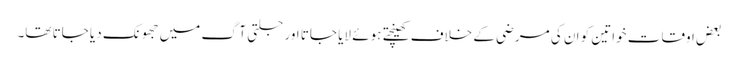
بعض اوقات خواتین کو ان کی مرضی کے خلاف کھینچتے ہوئے لایا جاتا اور جلتی آگ میں جھونک دیا جاتا تھا۔